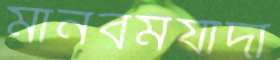
মানবমর্যাদা